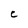
Character: C